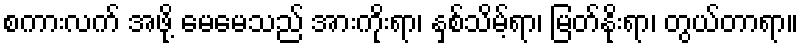
စကားလက် အဖို့ မေမေသည် အားကိုးရာ၊ နှစ်သိမ့်ရာ၊ မြတ်နိုးရာ၊ တွယ်တာရာ။